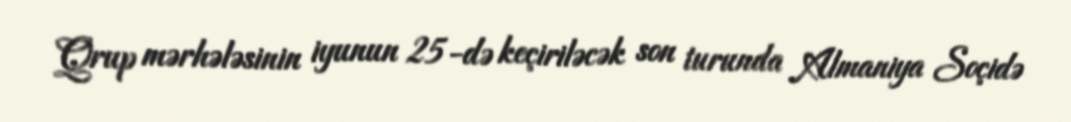
Qrup mərhələsinin iyunun 25-də keçiriləcək son turunda Almaniya Soçidə